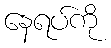
နေရပ်ကို